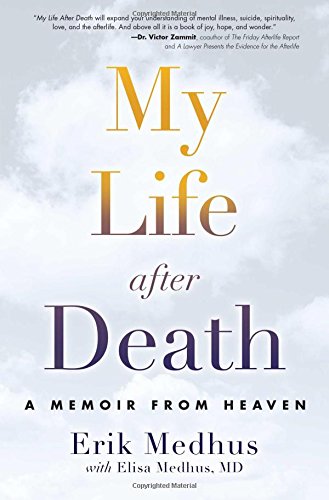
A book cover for My Life After Death: A Memoir from Heaven; Erik Medhus; Self-Help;